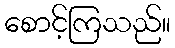
စောင့်ကြသည်။